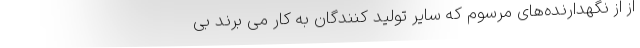
از از نگهدارنده‌های مرسوم که سایر تولید کنندگان به کار می برند بی